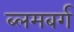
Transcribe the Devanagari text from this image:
ब्लमबर्ग